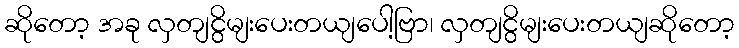
ဆိုတော့ အခု လှတျငွိမျးပေးတယျပေါ့ဗြာ၊ လှတျငွိမျးပေးတယျဆိုတော့